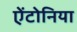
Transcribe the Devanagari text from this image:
ऐंटोनिया